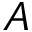
A